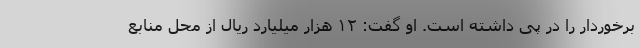
برخوردار را در پی داشته است. او گفت: ۱۲ هزار میلیارد ریال از محل منابع